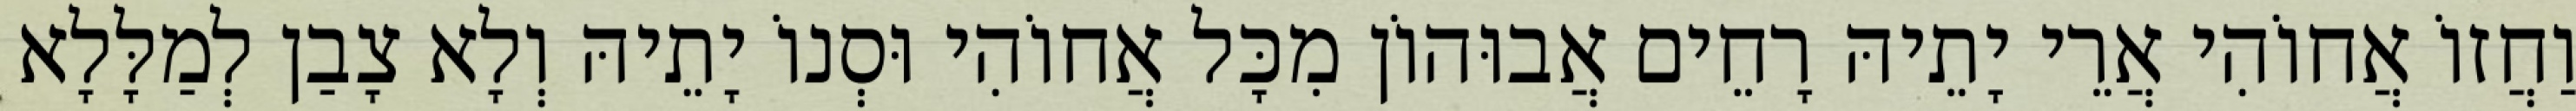
וַחֲזוֹ אֲחוֹהִי אֲרֵי יָתֵיהּ רָחֵים אֲבוּהוֹן מִכָּל אֲחוֹהִי וּסְנוֹ יָתֵיהּ וְלָא צָבַן לְמַלָּלָא